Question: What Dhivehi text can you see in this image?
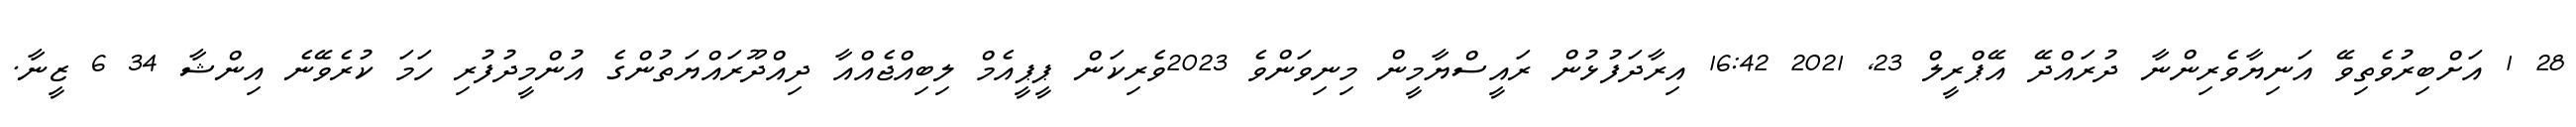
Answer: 28 1 އަށްބިރުވެތިވޭ އަނިޔާވެރިންނާ ދުރައްދޭ އޭޕްރީލް 23, 2021 16:42 އިރާދަފުޅުން ރައީސްޔާމީން މިނިވަންވެ 2023ވެރިކަން ޕީޕީއެމް ލިބިއްޖެއްއާ ދިއްދޫރައްޔަތުންގެ އުންމީދުފުރި ހަމަ ކުރެވޭނެ އިންޝާ 34 6 ޒީނާ.